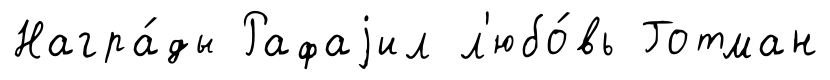
Награ́ды Рафаjил л'юбо́вь Готман